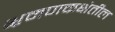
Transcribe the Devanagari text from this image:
भ्रमणकक्षेतील